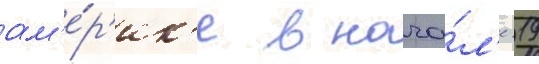
ам'е́р'ик'е в нача́л'е 19